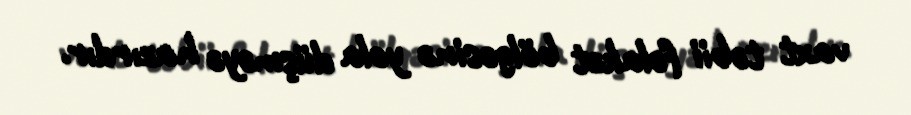
vaxt təbii fəlakət bölgəsinə yola düşməyə hazırdır.